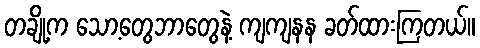
တချို့က သော့တွေဘာတွေနဲ့ ကျကျနန ခတ်ထားကြတယ်။